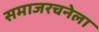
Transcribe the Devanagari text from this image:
समाजरचनेला